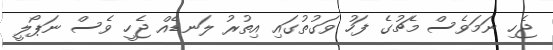
ޖެހި ނަމަވެސް މެޗުގެ ފަހު ވަގުތުގައި އިތުރު ލަނޑެއް ޖެހީ ވެސް ނަޕޯލީ